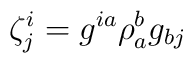
\zeta^{i}_{j} =g^{ia} \rho^{b}_{a} g_{bj}